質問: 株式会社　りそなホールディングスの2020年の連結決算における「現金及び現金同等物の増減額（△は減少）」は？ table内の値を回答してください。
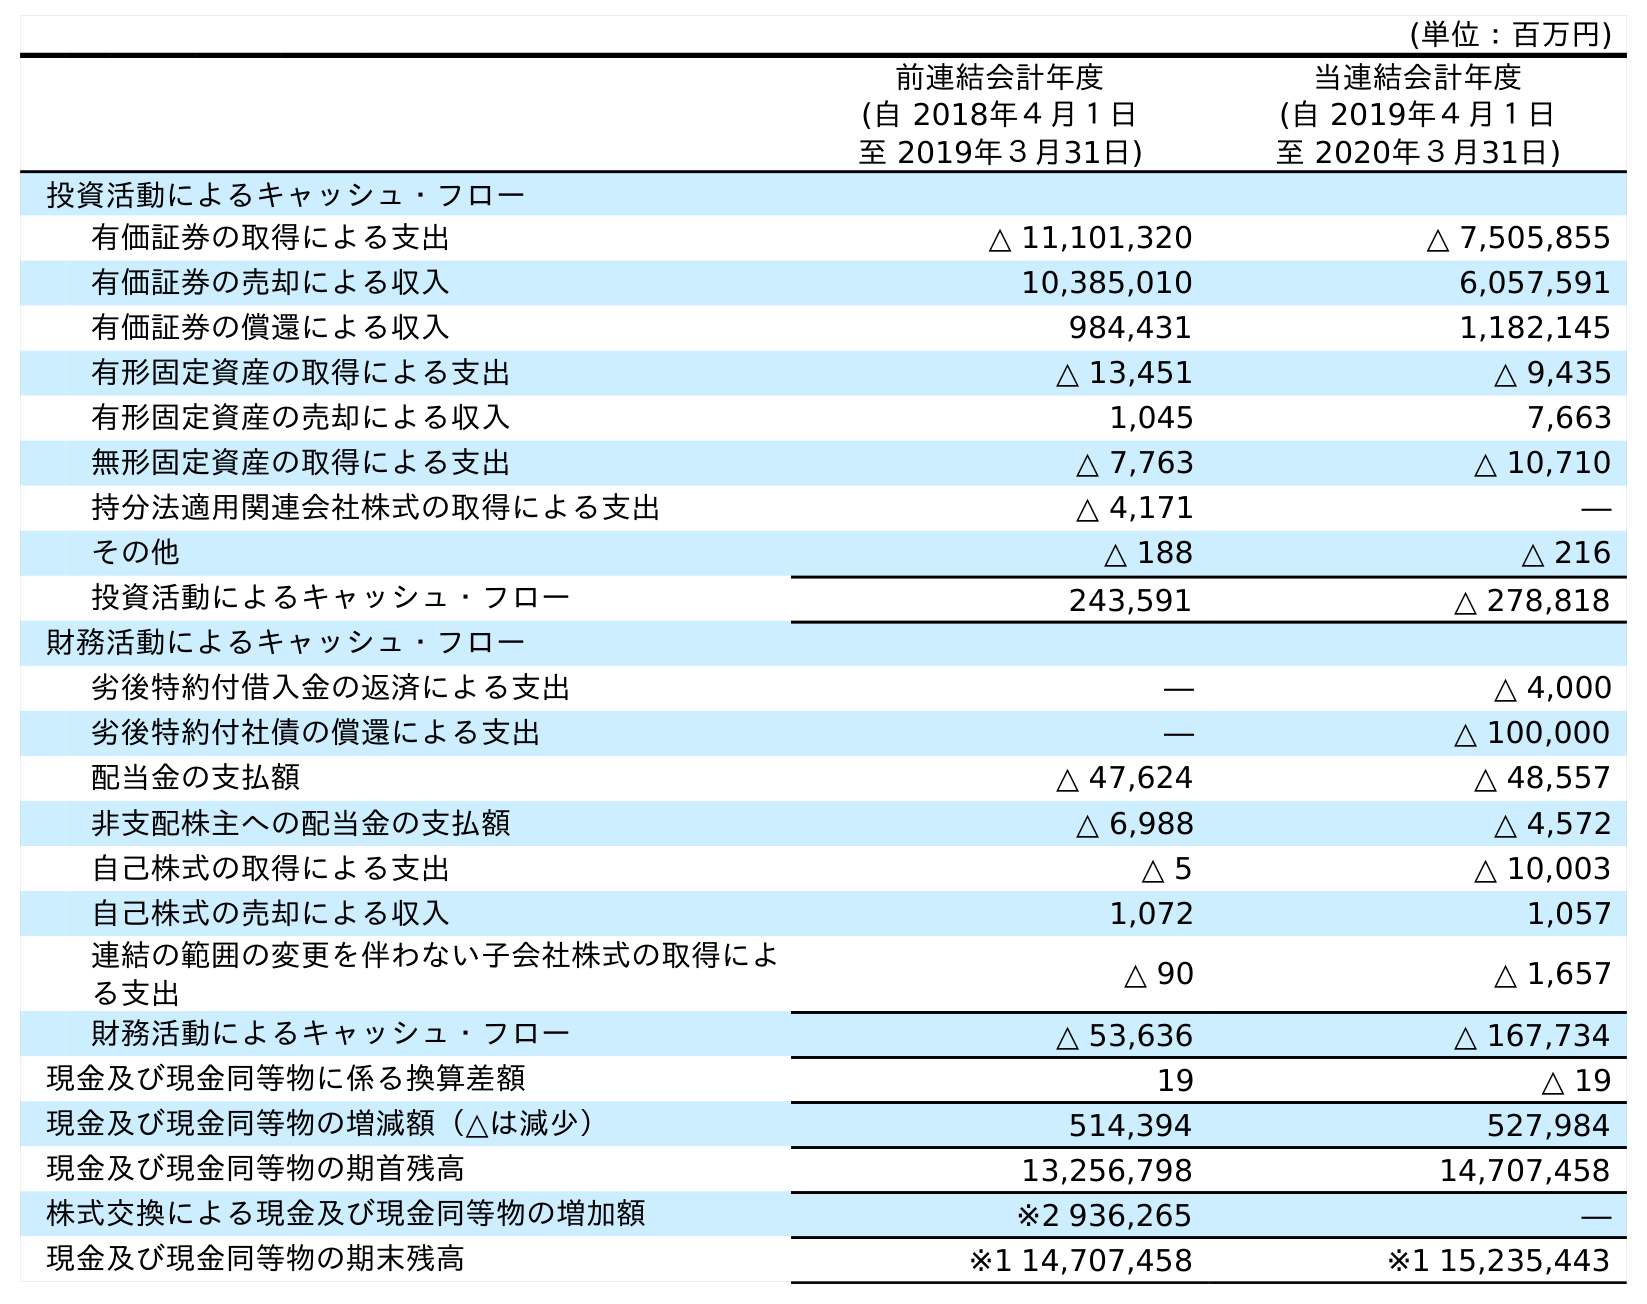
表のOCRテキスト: (単位：百万円) 前連結会計年度 (自 2018年４月１日 至 2019年３月31日) 当連結会計年度 (自 2019年４月１日 至 2020年３月31日) 投資活動によるキャッシュ・フロー 有価証券の取得による支出 △ 11,101,320 △ 7,505,855 有価証券の売却による収入 10,385,010 6,057,591 有価証券の償還による収入 984,431 1,182,145 有形固定資産の取得による支出 △ 13,451 △ 9,435 有形固定資産の売却による収入 1,045 7,663 無形固定資産の取得による支出 △ 7,763 △ 10,710 持分法適用関連会社株式の取得による支出 △ 4,171 ― その他 △ 188 △ 216 投資活動によるキャッシュ・フロー 243,591 △ 278,818 財務活動によるキャッシュ・フロー 劣後特約付借入金の返済による支出 ― △ 4,000 劣後特約付社債の償還による支出 ― △ 100,000 配当金の支払額 △ 47,624 △ 48,557 非支配株主への配当金の支払額 △ 6,988 △ 4,572 自己株式の取得による支出 △ 5 △ 10,003 自己株式の売却による収入 1,072 1,057 連結の範囲の変更を伴わない子会社株式の取得によ る支出 △ 90 △ 1,657 財務活動によるキャッシュ・フロー △ 53,636 △ 167,734 現金及び現金同等物に係る換算差額 19 △ 19 現金及び現金同等物の増減額（△は減少） 514,394 527,984 現金及び現金同等物の期首残高 13,256,798 14,707,458 株式交換による現金及び現金同等物の増加額 ※2 936,265 ― 現金及び現金同等物の期末残高 ※1 14,707,458 ※1 15,235,443
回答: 527,984